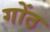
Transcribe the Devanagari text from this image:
गोंठ